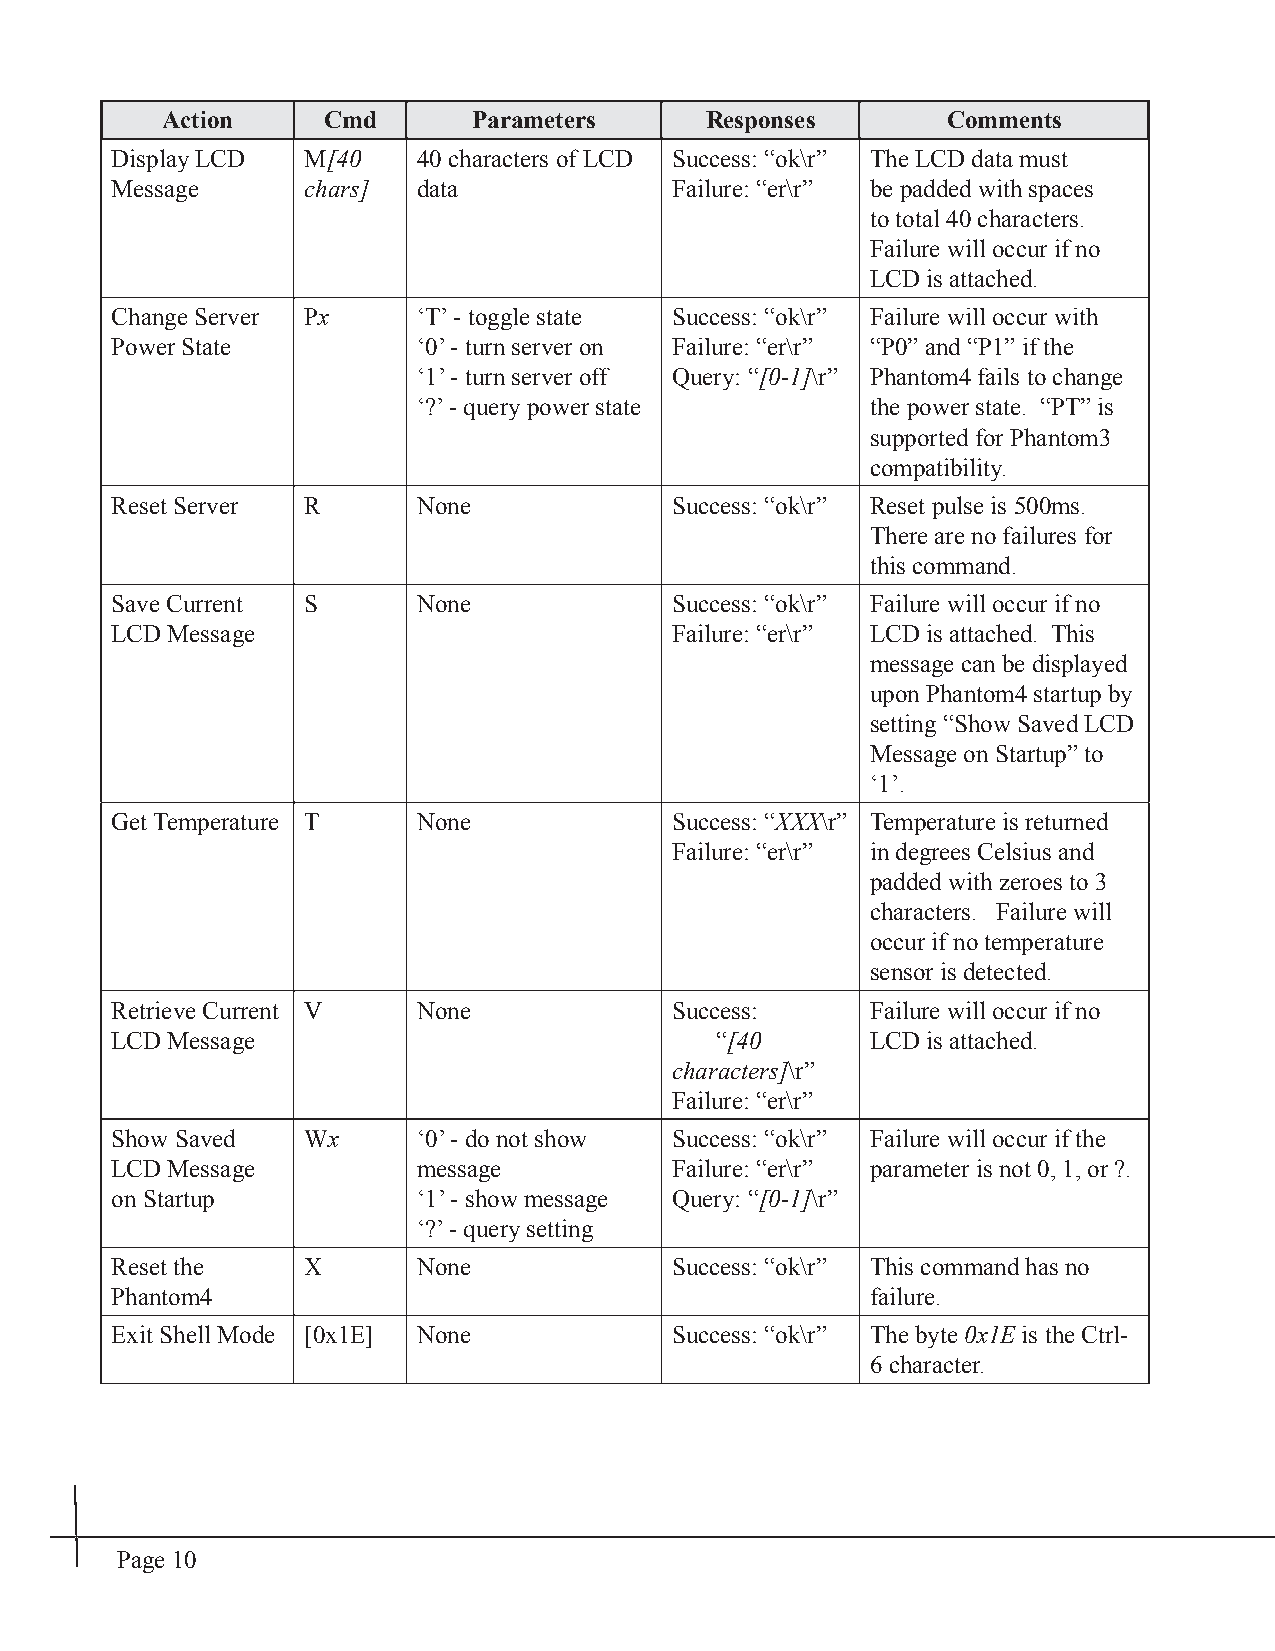
Action    Cmd       Parameters      Responses       Comments
 Display LCD  M[40    40 characters of LCD Success: “ok\r” The LCD data must
 Message      chars]  data            Failure: “er\r” be padded with spaces
 to total 40 characters.
 Failure will occur if no
 LCD is attached.
 Change Server Px     ‘T’ - toggle state Success: “ok\r” Failure will occur with
 Power State          ‘0’ - turn server on Failure: “er\r” “P0” and “P1” if the
 ‘1’ - turn server off Query: “[0-1]\r” Phantom4 fails to change
 ‘?’ - query power state       the power state. “PT” is
 supported for Phantom3
 compatibility.
 Reset Server R       None            Success: “ok\r” Reset pulse is 500ms.
 There are no failures for
 this command.
 Save Current S       None            Success: “ok\r” Failure will occur if no
 LCD Message                          Failure: “er\r” LCD is attached. This
 message can be displayed
 upon Phantom4 startup by
 setting “Show Saved LCD
 Message on Startup” to
 ‘1’.
 Get Temperature T    None            SSSuuucccccceeessssss::: “““XXXXXXXXXXXX\\rr”” Temperature is returned
 Failure: “er\r” in degrees Celsius and
 padded with zeroes to 3
 characters. Failure will
 occur if no temperature
 sensor is detected.
 Retrieve Current V   None            Success:      Failure will occur if no
 LCD Message                             “[40       LCD is attached.
 characters]\r”
 Failure: “er\r”
 Show Saved   WWWxx   ‘0’ - do not show Success: “ok\r” Failure will occur if the
 LCD Message          message         Failure: “er\r” parameter is not 0, 1, or ?.
 on Startup           ‘1’ - show message Query: “[0-1]\r”
 ‘?’ - query setting
 Reset the    X       None            Success: “ok\r” This command has no
 Phantom4                                           failure.
 Exit Shell Mode [0x1E] None          Success: “ok\r” The byte 000xxx111EEE iiss tthhee CCttrrll--
 6 character.
 Page 10